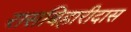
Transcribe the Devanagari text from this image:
रासबिहारीदास